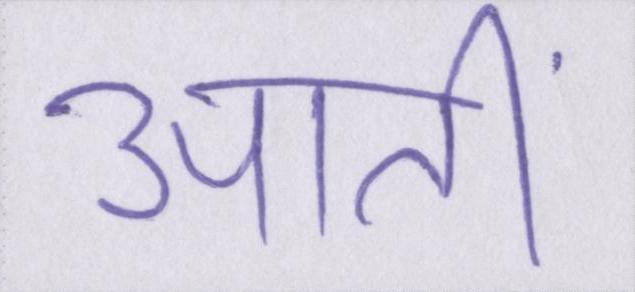
आतीं